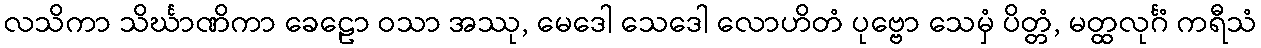
လသိကာ သိင်္ဃာဏိကာ ခေဠော ဝသာ အဿု, မေဒေါ သေဒေါ လောဟိတံ ပုဗ္ဗော သေမှံ ပိတ္တံ, မတ္ထလုင်္ဂံ ကရီသံ